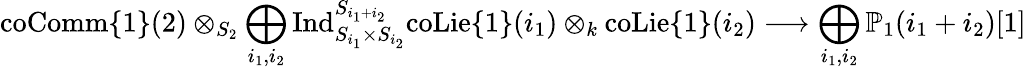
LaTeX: \mathrm{coComm}\{ 1\} (2)\otimes_{S_{2}}\bigoplus_{i_{1},i_{2}}\mathrm{Ind}_{S_{i_{1}}\times S_{i_{2}}}^{S_{i_{1}+i_{2}}}\mathrm{coLie}\{ 1\} (i_{1})\otimes_{k}\mathrm{coLie}\{ 1\} (i_{2})\longrightarrow\bigoplus_{i_{1},i_{2}}\mathbb{P}_{1}(i_{1}+i_{2})[1]